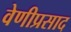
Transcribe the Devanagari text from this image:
वेणीप्रसाद